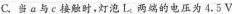
C.当a与c接触时，灯泡L_{1}两端的电压为4.5 V